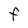
Character: F